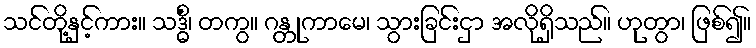
သင်တို့နှင့်ကား။ သဒ္ဓိံ၊ တကွ။ ဂန္တုကာမေ၊ သွားခြင်းငှာ အလိုရှိသည်။ ဟုတွာ၊ ဖြစ်၍။